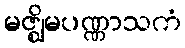
မဇ္ဈိမပဏ္ဏာသကံ